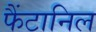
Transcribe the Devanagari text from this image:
फैंटानिल